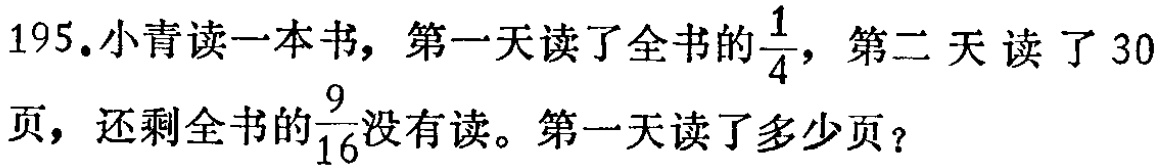
195.小青读一本书，第一天读了全书的$\frac{1}{4}$，第二天读了30页，还剩全书的$\frac{9}{16}$没有读。第一天读了多少页？